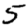
Digit: 5